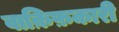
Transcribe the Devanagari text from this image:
वाक़िफ़कारी